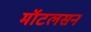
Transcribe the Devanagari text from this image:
मॉटलसन